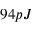
9 4 p J